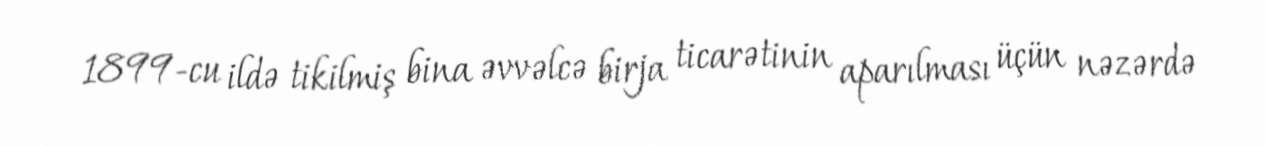
1899-cu ildə tikilmiş bina əvvəlcə birja ticarətinin aparılması üçün nəzərdə